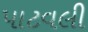
પાટવલી